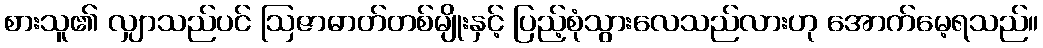
စားသူ၏ လျှာသည်ပင် ဩဇာဓာတ်တစ်မျိုးနှင့် ပြည့်စုံသွားလေသည်လားဟု အောက်မေ့ရသည်။